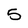
Character: 5